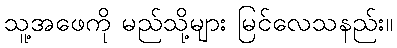
သူ့အဖေကို မည်သို့များ မြင်လေသနည်း။